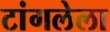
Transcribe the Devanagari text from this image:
टांगलेला